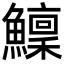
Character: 𩼤